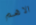
الاهم